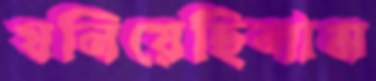
ঘনিয়েছিলাম